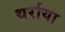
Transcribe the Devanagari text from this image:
थर्राया